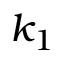
k _ { 1 }